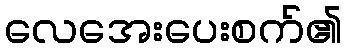
လေအေးပေးစက်၏